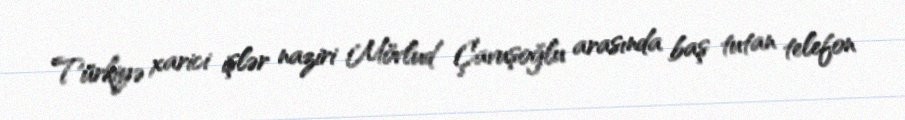
Türkiyə xarici işlər naziri Mövlud Çavuşoğlu arasında baş tutan telefon